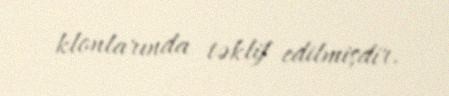
klonlarında təklif edilmişdir.